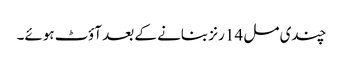
چندی مل 14 رنز بنانے کے بعد آؤٹ ہوئے۔